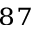
^ { 8 7 }